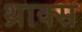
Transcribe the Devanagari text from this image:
थ्राक्स